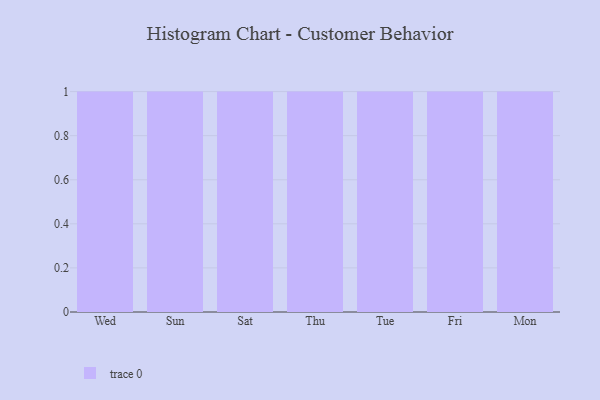
{"axis": {"x": "Day", "y": "Market Share (%)"}, "legend": [""], "data": [{"x": "Wed", "y": 19, "type": ""}, {"x": "Sun", "y": 16, "type": ""}, {"x": "Sat", "y": 81, "type": ""}, {"x": "Thu", "y": 3, "type": ""}, {"x": "Tue", "y": 93, "type": ""}, {"x": "Fri", "y": 77, "type": ""}, {"x": "Mon", "y": 96, "type": ""}]}